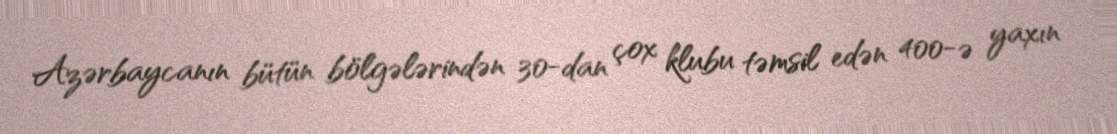
Azərbaycanın bütün bölgələrindən 30-dan çox klubu təmsil edən 400-ə yaxın